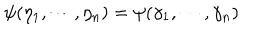
\psi ( \eta _ { 1 } , \cdots , \eta _ { n } ) = \psi ( \gamma _ { 1 } , \cdots , \gamma _ { n } )